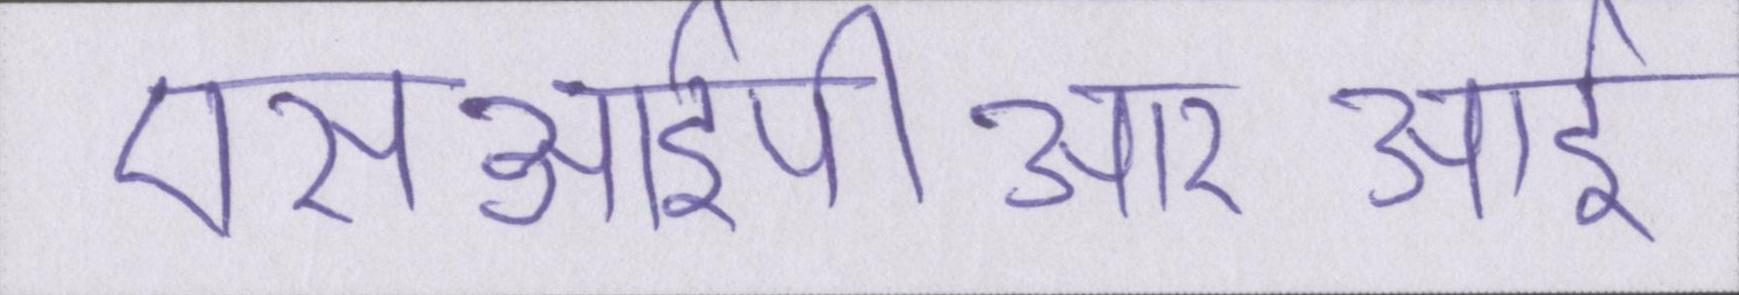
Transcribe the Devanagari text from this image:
एसआईपीआरआई